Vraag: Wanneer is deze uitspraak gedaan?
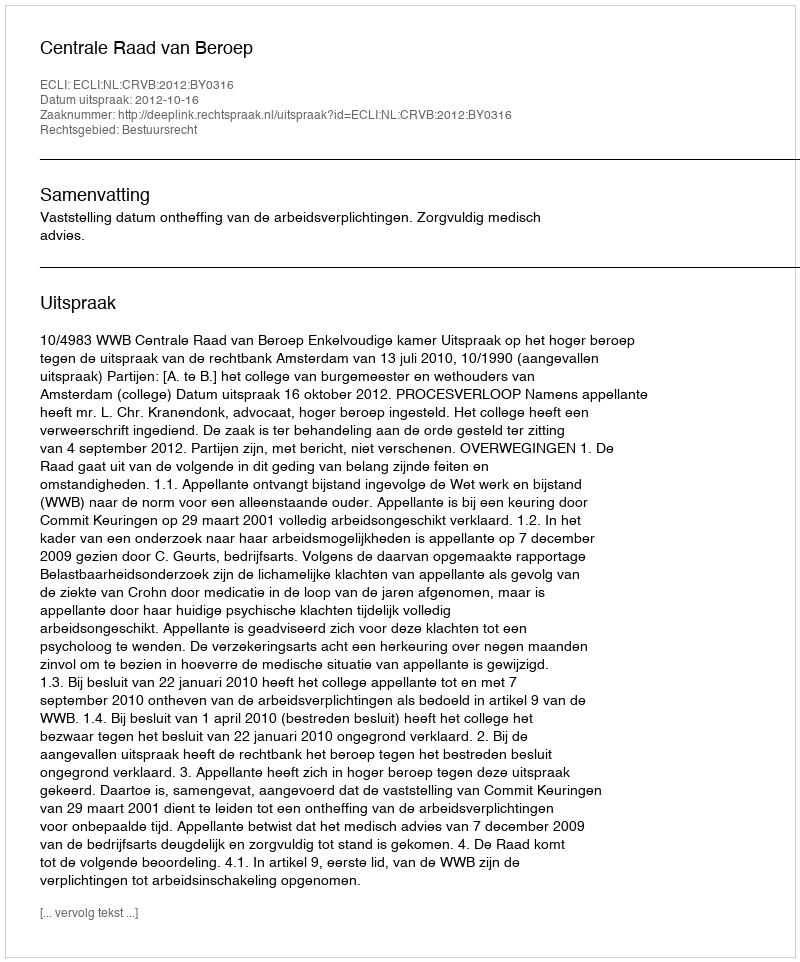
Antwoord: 2012-10-16